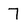
Character: 7